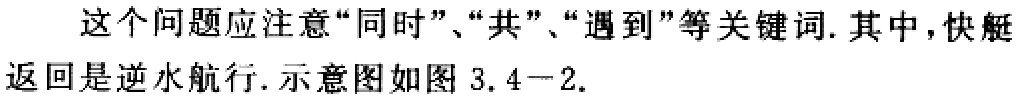
这个问题应注意“同时”、“共”、“遇到”等关键词. 其中，快艇返回是逆水航行. 示意图如图 3.4−2.